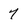
Character: 7